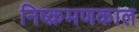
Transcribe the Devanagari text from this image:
निष्क्रमणकाल